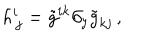
h _ { \, j } ^ { i } = \tilde { g } ^ { i k } \partial _ { y } \tilde { g } _ { k j } \, ,